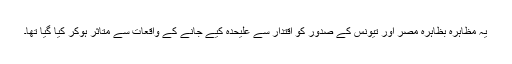
یہ مظاہرہ بظاہرہ مصر اور تیونس کے صدور کو اقتدار سے علیحدہ کیے جانے کے واقعات سے متاثر ہوکر کیا گیا تھا۔